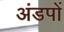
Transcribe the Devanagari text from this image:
अंडपों